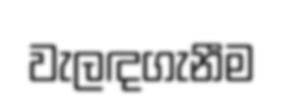
වැලඳගැනීම